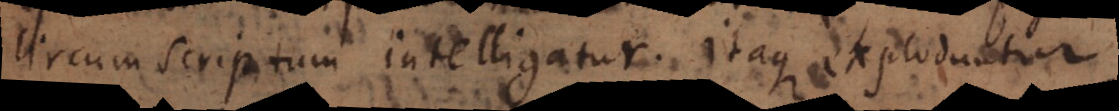
circumscriptum intelligatur. Itaque exploduntur